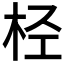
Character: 𣐕